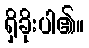
ရှိခိုးပါ၏။